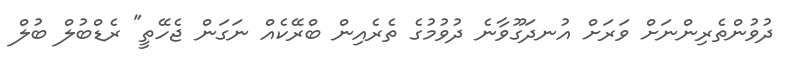
ދުވުންތެރިންނަށް ވަރަށް އުނދަގޫވާނެ ދުވުމުގެ ތެރެއިން ބްރޭކެއް ނަގަން ޖެހޭތީ" ރެޑްބުލް ބުލް